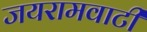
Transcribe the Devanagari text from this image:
जयरामवाटी